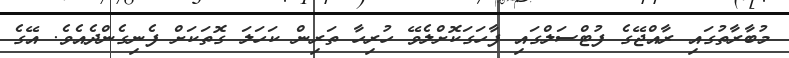
މުބާރާތުގައި ރާއްޖޭގެ ފުޓްސަލްގައި ފާހަގަކޮށްލެވޭ ހުރިހާ ތަރިން ކަހަލަ ގޮތަކަށް ފެނިގެންދެއެވެ. އޭގެ